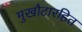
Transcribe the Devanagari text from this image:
मुखौटारहित